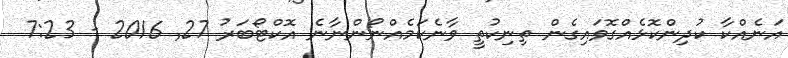
އަނެއްކާ ކުދިންކޮޅެއްގޮވައިގެން ތިނިކުތީ ވާނެކަމެއްނޯންނާނެ އޮކްޓޯބަރު 27